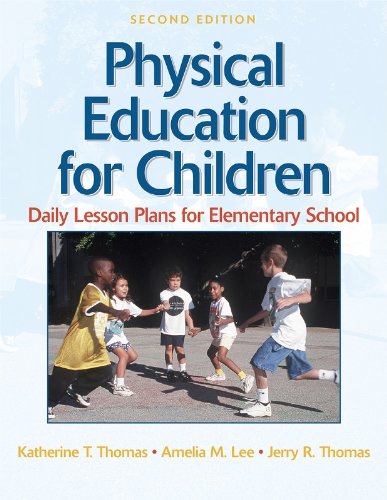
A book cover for Physical Education for Children:Daily Lesson Plan Elem School-2E; Katherine Thomas; Sports & Outdoors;